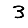
Digit: 3